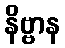
နိဗ္ဗာန